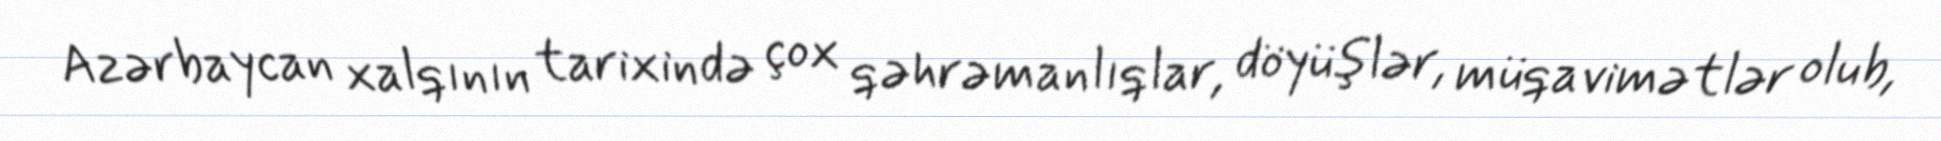
Azərbaycan xalqının tarixində çox qəhrəmanlıqlar, döyüşlər, müqavimətlər olub,